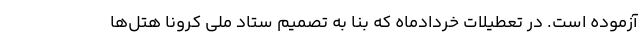
آزموده است. در تعطیلات خردادماه که بنا به تصمیم ستاد ملی کرونا هتل‌ها